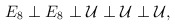
\begin{align*}E_8 \perp E_8 \perp {\cal U} \perp {\cal U} \perp {\cal U},\end{align*}